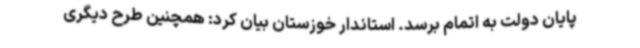
پایان دولت به اتمام برسد. استاندار خوزستان بیان کرد: همچنین طرح دیگری